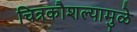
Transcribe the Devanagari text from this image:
चित्रकौशल्यामुळे